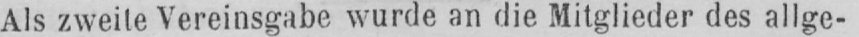
Als zweite Vereinsgabe wurde an die Mitglieder des allge-